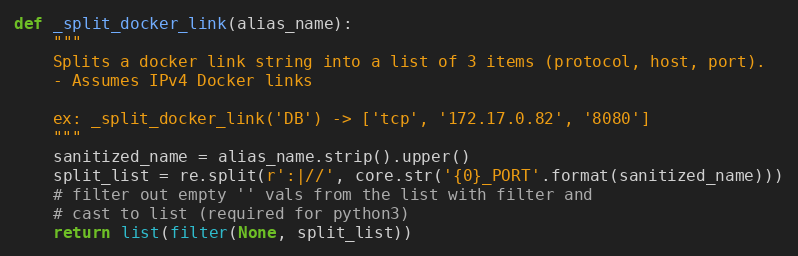
Language: Python
def _split_docker_link(alias_name):
    """
    Splits a docker link string into a list of 3 items (protocol, host, port).
    - Assumes IPv4 Docker links

    ex: _split_docker_link('DB') -> ['tcp', '172.17.0.82', '8080']
    """
    sanitized_name = alias_name.strip().upper()
    split_list = re.split(r':|//', core.str('{0}_PORT'.format(sanitized_name)))
    # filter out empty '' vals from the list with filter and
    # cast to list (required for python3)
    return list(filter(None, split_list))